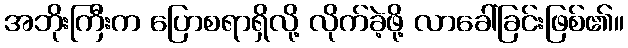
အဘိုးကြီးက ပြောစရာရှိလို့ လိုက်ခဲ့ဖို့ လာခေါ်ခြင်းဖြစ်၏။